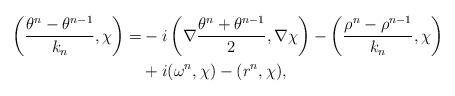
LaTeX: \begin{align*}\left( \frac{\theta^n-\theta^{n-1}}{k_n }, \chi \right) =& - i \left( \nabla \frac{\theta^n + \theta^{n - 1}}{2}, \nabla \chi \right)- \left( \frac{\rho^n-\rho^{n-1}}{k_n }, \chi \right) \\&+ i ( \omega^n, \chi) - ( r^n, \chi),\end{align*}